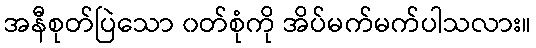
အနီစုတ်ပြဲသော ၀တ်စုံကို အိပ်မက်မက်ပါသလား။